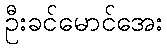
ဦးခင်မောင်အေး